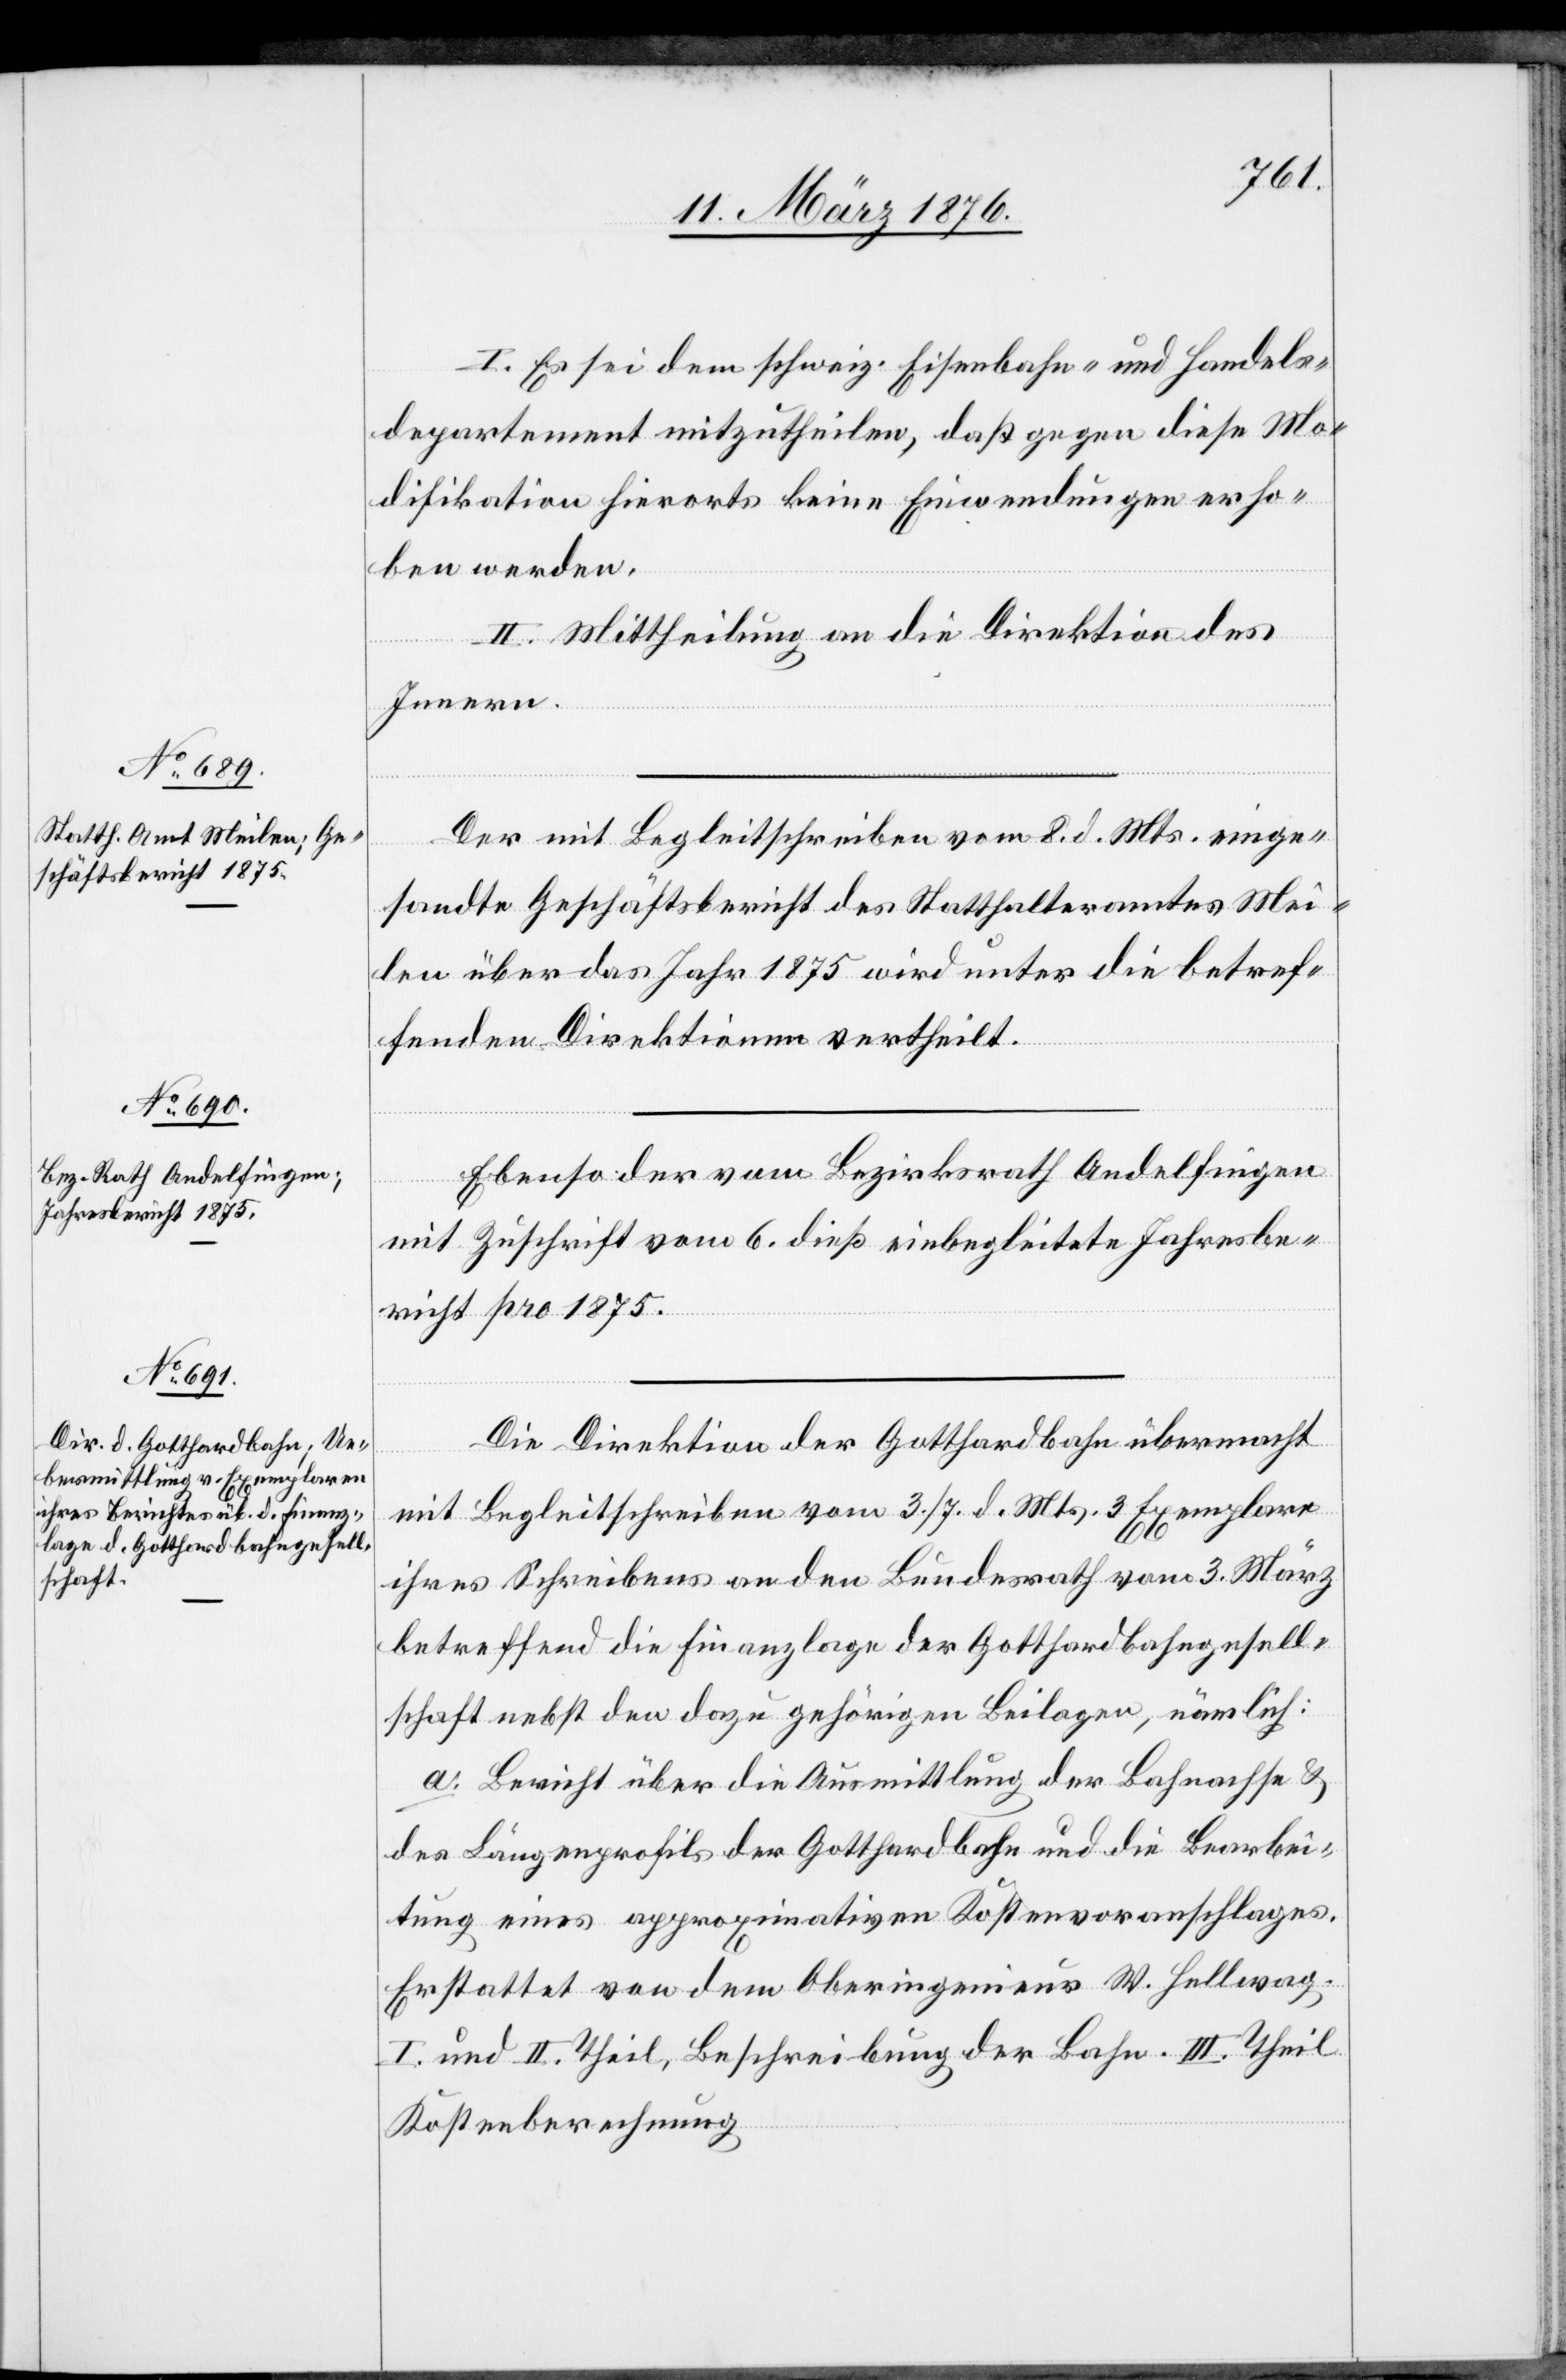
I. Es sei dem schweiz. Eisenbahn- und Handels¬
departement mitzutheilen, daß gegen diese Mo¬
difikation hierorts keine Einwendungen erho¬
ben werden.
II. Mittheilung an die Direktion des
Innern.
Der mit Begleitschreiben vom 8. d. Mts. einge¬
sandte Geschäftsbericht des Statthalteramtes Mei¬
len über das Jahr 1875 wird unter die betref¬
fenden Direktionen vertheilt.
Ebenso der vom Bezirksrath Andelfingen
mit Zuschrift vom 6. dieß einbegleitete Jahresbe¬
richt pro 1875.
Die Direktion der Gotthardbahn übermacht
mit Begleitschreiben vom 3./4. d. Mts. 3 Exemplare
ihres Schreibens an den Bundesrath vom 3. März
betreffend die Finanzlage der Gotthardbahngesell¬
schaft nebst den dazu gehörigen Beilagen, nämlich:
a. Bericht über die Ausmittlung der Bahnachse &
des Längenprofils der Gotthardbahn und die Bearbei¬
tung eines approximativen Kostenvoranschlages.
Erstattet von dem Oberingenieur W. Hellwag.
I. und II. Theil, Beschreibung der Bahn. II. Theil
Kostenberechnung